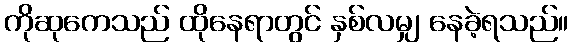
ကိုဆုကေသည် ထိုနေရာတွင် နှစ်လမျှ နေခဲ့ရသည်။